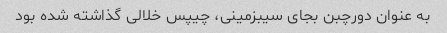
به عنوان دورچبن بجای سیبزمینی، چیپس خلالی گذاشته شده بود